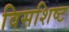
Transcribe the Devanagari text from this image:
विसशिष्ट